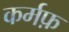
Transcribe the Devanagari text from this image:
कर्मफ़